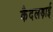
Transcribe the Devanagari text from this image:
कैदलड़ाई